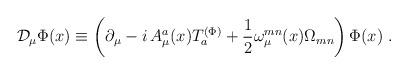
LaTeX: \begin{align*}{\cal D}_\mu \Phi (x)\equiv \left( \partial _\mu -i\,{A_\mu ^a}(x)T_a^{(\Phi)}+\frac 12\omega _\mu ^{mn}(x)\Omega _{mn}\right) \Phi (x)\,\,.\end{align*}